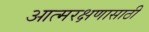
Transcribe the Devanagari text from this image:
आत्मरक्षणासाठी